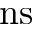
\mathrm { n s }